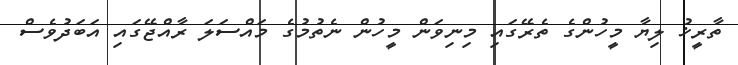
ތާރީޚު ލިޔާ މީހުންްގެ ތެރޭގައި މިނިވަން މީހުން ނެތުމުގެ މައްސަލަ ރާއްޖޭގައި އަބަދުވެސް